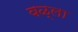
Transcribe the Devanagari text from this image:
वळ्ला